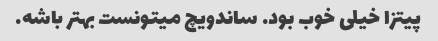
پیتزا خیلی خوب بود. ساندویچ میتونست بهتر باشه.